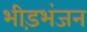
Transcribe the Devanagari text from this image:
भीड़भंजन